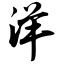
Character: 洋